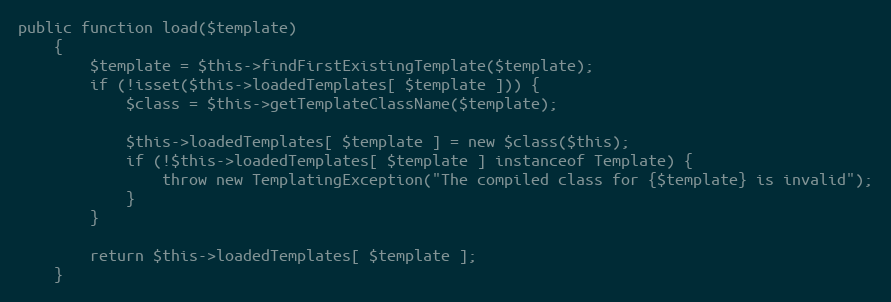
Language: PHP
public function load($template)
    {
        $template = $this->findFirstExistingTemplate($template);
        if (!isset($this->loadedTemplates[ $template ])) {
            $class = $this->getTemplateClassName($template);

            $this->loadedTemplates[ $template ] = new $class($this);
            if (!$this->loadedTemplates[ $template ] instanceof Template) {
                throw new TemplatingException("The compiled class for {$template} is invalid");
            }
        }

        return $this->loadedTemplates[ $template ];
    }